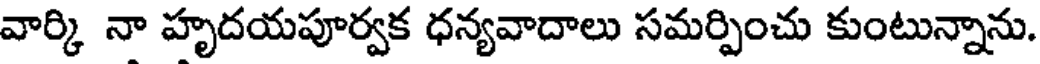
వార్కి నా హృదయపూర్వక ధన్యవాదాలు సమర్పించు కుంటున్నాను.